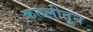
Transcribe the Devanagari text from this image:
कतलीतून